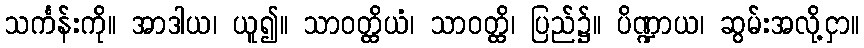
သင်္ကန်းကို။ အာဒါယ၊ ယူ၍။ သာဝတ္ထိယံ၊ သာဝတ္ထိ၊ ပြည်၌။ ပိဏ္ဍာယ၊ ဆွမ်းအလို့ငှာ။